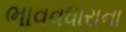
ભાવવધારાના